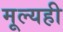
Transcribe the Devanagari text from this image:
मूल्यही